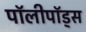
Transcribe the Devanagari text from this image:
पॉलीपॉड्स